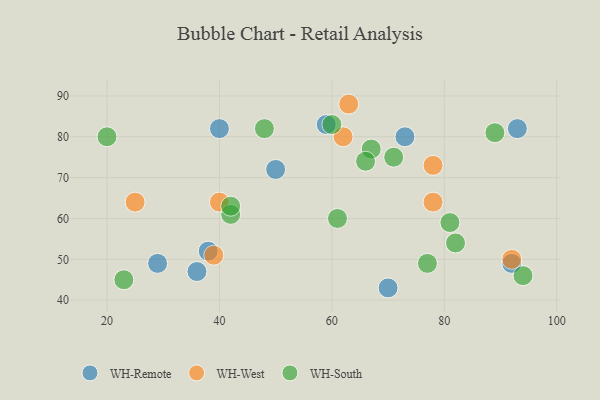
{"axis": {"x": "GDP", "y": "Life Expectancy"}, "legend": ["WH-Remote", "WH-South", "WH-West"], "data": [{"x": "92", "y": 49, "type": "WH-Remote"}, {"x": "29", "y": 49, "type": "WH-Remote"}, {"x": "73", "y": 80, "type": "WH-Remote"}, {"x": "59", "y": 83, "type": "WH-Remote"}, {"x": "38", "y": 52, "type": "WH-Remote"}, {"x": "50", "y": 72, "type": "WH-Remote"}, {"x": "93", "y": 82, "type": "WH-Remote"}, {"x": "40", "y": 82, "type": "WH-Remote"}, {"x": "70", "y": 43, "type": "WH-Remote"}, {"x": "36", "y": 47, "type": "WH-Remote"}, {"x": "62", "y": 80, "type": "WH-West"}, {"x": "40", "y": 64, "type": "WH-West"}, {"x": "63", "y": 88, "type": "WH-West"}, {"x": "78", "y": 73, "type": "WH-West"}, {"x": "25", "y": 64, "type": "WH-West"}, {"x": "78", "y": 64, "type": "WH-West"}, {"x": "92", "y": 50, "type": "WH-West"}, {"x": "39", "y": 51, "type": "WH-West"}, {"x": "67", "y": 77, "type": "WH-South"}, {"x": "81", "y": 59, "type": "WH-South"}, {"x": "71", "y": 75, "type": "WH-South"}, {"x": "42", "y": 61, "type": "WH-South"}, {"x": "20", "y": 80, "type": "WH-South"}, {"x": "66", "y": 74, "type": "WH-South"}, {"x": "23", "y": 45, "type": "WH-South"}, {"x": "48", "y": 82, "type": "WH-South"}, {"x": "42", "y": 63, "type": "WH-South"}, {"x": "89", "y": 81, "type": "WH-South"}, {"x": "94", "y": 46, "type": "WH-South"}, {"x": "82", "y": 54, "type": "WH-South"}, {"x": "61", "y": 60, "type": "WH-South"}, {"x": "60", "y": 83, "type": "WH-South"}, {"x": "77", "y": 49, "type": "WH-South"}]}